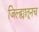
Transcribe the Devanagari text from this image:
जिल्ह्यातूनच